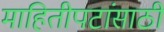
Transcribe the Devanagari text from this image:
माहितीपटांसाठी